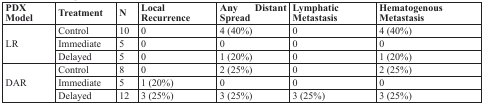
| PDX Model | Treatment | N | Local Recurrence | Any Distant Spread | Lymphatic Metastasis | Hematogenous Metastasis |
 | --- | --- | --- | --- | --- | --- | --- |
 | <ROWSPAN=3> LR | Control | 10 | 0 | 4 (40%) | 0 | 4 (40%) |
 | Immediate | 5 | 0 | 0 | 0 | 0 |
 | Delayed | 5 | 0 | 1 (20%) | 0 | 1 (20%) |
 | <ROWSPAN=3> DAR | Control | 8 | 0 | 2 (25%) | 0 | 2 (25%) |
 | Immediate | 5 | 1 (20%) | 0 | 0 | 0 |
 | Delayed | 12 | 3 (25%) | 3 (25%) | 3 (25%) | 3 (25%) |